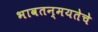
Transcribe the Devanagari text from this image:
भावतन्मयतेचे